Report of cholera committee
Disease focus: Cholera
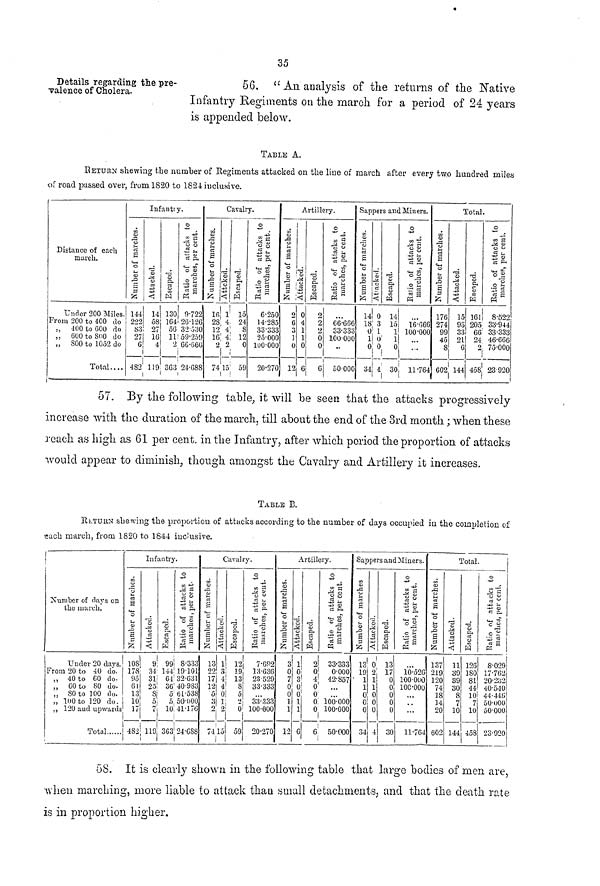
35
Details regarding the pre-
valence of Cholera.
56. "An analysis of the returns of the Native
Infantry Regiments on the march for a period of 24 years
is appended below.
TABLE A.
RETURN shewing the number of Regiments attacked on the line of march after every two hundred miles
of road passed over, from 1820 to 1824 inclusive.
Distance of each
march.
Under 200 Miles.
From 200 to 400 do
s, 400 to GOO do
,,
600 to 800 do
„
S00 to 1052 do
Total....
o
"p
S
o
CJ
144
222
83
27
6
432
Infant! j
5
o
CS
<J
14
58
27
16
4
119
TS
U
C
«
130
164
56
11
2
363
r.
O
it
o a>
o|
'43 t*
PH "
9-722
26-126
32 .530
59-250
66-666
24-088
Cavalry.
eS
s
o
l_
<u
ir,
2S
12
16
2
74
S
o
<J
1
4
4
4
2
15
£
PH
<s
W
15
24
8
12
0
59^>
'S p,
at
P3 "
6-250
14-285
33-333
25-000
100-000
20-270
.a
o
5
3
2
6
3
]
0
12
Artillery.
OJ
At
ci
<S
0
4
1
1
0
6
c
CS
o
2
2
2
0
0
G
o
-»=
„ a
"3 o
c; &
o
•2S
66-666
33-333
lOO-OOO
•<
50-000
Sappers and Miners.
o
i-
ci
s
C4-J
o
$-1
<a
g
14
18
0
1
0
u
o
*o
"0
3
1
0
0
4
1
a
14
If)
1
1
0
30
o
l ft°ô
g
« 3
16-066
100-000
...
11-764
S
Si
a
o
0}
S
176
?.74
99
45
8
602
Total
••3
<Û
4
O
C3
<
15
93
S3
?1
G
144
S,
c-
o
161
205
fifi
24
9
458
o
tn Î
s
.2 S
f§ S
8-522
33-944
33-333
46-666
75-000
23 920
57. By the following table, it will be seen that the attacks progressively
increase with the duration of the march, till about the end of the 3rd month; when these
reach as high as 61 per cent, in the Infantry, after which period the proportion of attacks
would appear to diminish, though amongst the Cavalry and Artillery it increases.
TABLE B.
RbTUUN shewing the proportion of attacks according to the number of days occupied in the completion of
«ach march, from 1820 to 184-4 inclusive.
Number of days on
tlie march.
Under 20 days.
From 20 to 40 do.
,, 40 to 60 do-
„
GOto 80 do.
„ 80 to 100 do.
„ 100 to 120 do.
,, 120 and upwards
Total
Infantry.
o
'o
a
a
o
3
1
10R
ns 95
61
13
10
17
482
o
<
9
34
31
?5
5
7
119
o
W
99
144
6-1
30
5
5
10
3G3
o
ti
& "
8-333
19-101
32-631
40-9S3
61-538
50-000
41-176
24-GSS
Cavalry.
w
o
cz
3
&
13
99
17
12
0
3
ô
£
O
<
s 4
4
0
1
7415
I
Pi
o
w
12
19
13
8
5
*)
0
59
o
to H
|Ŝ
| s
.si
7-092
13-036
23 529
33-333
33-333
100-000
20-270
Artillery.
o
1!
g
O
o
s
3
0
7
0
0
1
1
12
M
o
X
0
3
0
0
1
1
6
1
2
0
4
0
0
0
0
«
o
-»J
-^ S
ci .
+3 3
a P<
33'333
o-ooo
42-857
...
100-000
100-000
50-000
Sappers aud Miners.
m
43
3
g
o
5
13
19
• 1
1
0
0
0
34
S
<
1
0
2
1
1
0
0
0
4
<L>
13
17
0
0
0
0
0
30
o
1!
o
c u*
p
10-526
100-000
10C-000
11-764
Total.
a)
«
s
Ô
>
s
3
137
219
120
74
18
34
20
602
11
89
89
30
8
7
10
144
1
o
H
126
ISO
81
44
10
7
10
458
o
of 1
S i
S-029
17-762
20-232
40-540
44-440
50-1)00
50-000
23-02-0
•58. It is clearly shown in the following table that large bodies of men are,
when marching, more liable to attack than small detachments, and that the death rate
is in proportion higher.